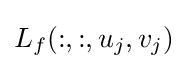
{\textstyle L_{f}(:,:,u_{j},v_{j})}